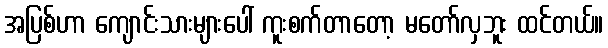
အပြစ်ဟာ ကျောင်းသားများပေါ် ကူးစက်တာတော့ မတော်လှဘူး ထင်တယ်။